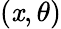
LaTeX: (\mathit{x},\theta)